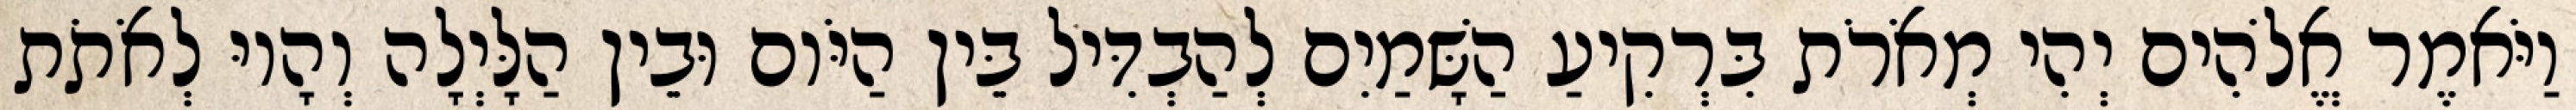
וַיֹּאמֶר אֱלֹהִים יְהִי מְאֹרֹת בִּרְקִיעַ הַשָּׁמַיִם לְהַבְדִּיל בֵּין הַיֹּום וּבֵין הַלָּיְלָה וְהָיוּ לְאֹתֹת